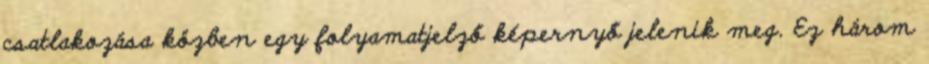
csatlakozása közben egy folyamatjelző képernyő jelenik meg. Ez három